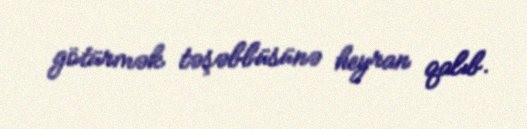
götürmək təşəbbüsünə heyran qalıb.